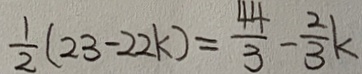
\frac { 1 } { 2 } ( 2 3 - 2 2 k ) = \frac { 4 4 } { 3 } - \frac { 2 } { 3 } k